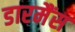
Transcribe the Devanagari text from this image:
डारमैंस